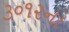
૩૦૧૨ના